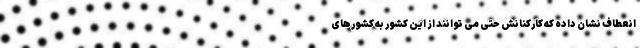
انعطاف نشان داده که کارکنانش حتی می ‌توانند از این کشور به کشورهای